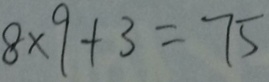
8 \times 9 + 3 = 7 5